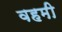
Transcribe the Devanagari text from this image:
वहमी